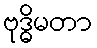
ဗုဒ္ဓိမတာ